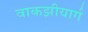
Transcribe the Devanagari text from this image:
वाकझीयार्ग